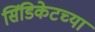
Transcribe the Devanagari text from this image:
सिंडिकेटच्या